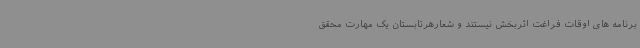
برنامه های اوقات فراغت اثربخش نیستند و شعارهرتابستان یک مهارت محقق